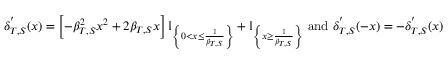
\delta _ { T , S } ^ { ' } ( x ) = \left[ - \beta _ { T , S } ^ { 2 } x ^ { 2 } + 2 \beta _ { T , S } x \right] \mathbb { I } _ { \left\{ 0 < x \leq \frac { 1 } { \beta _ { T , S } } \right\} } + \mathbb { I } _ { \left\{ x \geq \frac { 1 } { \beta _ { T , S } } \right\} } ~ \mathrm { a n d } ~ \delta _ { T , S } ^ { ' } ( - x ) = - \delta _ { T , S } ^ { ' } ( x )